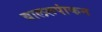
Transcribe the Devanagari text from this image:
बालरूपांकन